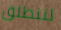
لننطلق